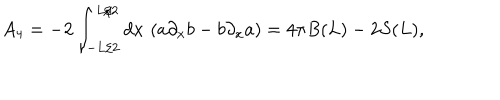
A _ { 4 } = - 2 \int _ { - L / 2 } ^ { L / 2 } d x \, \left( a \partial _ { x } b - b \partial _ { x } a \right) = 4 \pi B ( L ) - 2 S ( L ) ,